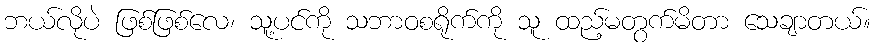
ဘယ်လိုပဲ ဖြစ်ဖြစ်လေ၊ သူ့ပင်ကို သဘာဝစရိုက်ကို သူ ထည့်မတွက်မိတာ သေချာတယ်။